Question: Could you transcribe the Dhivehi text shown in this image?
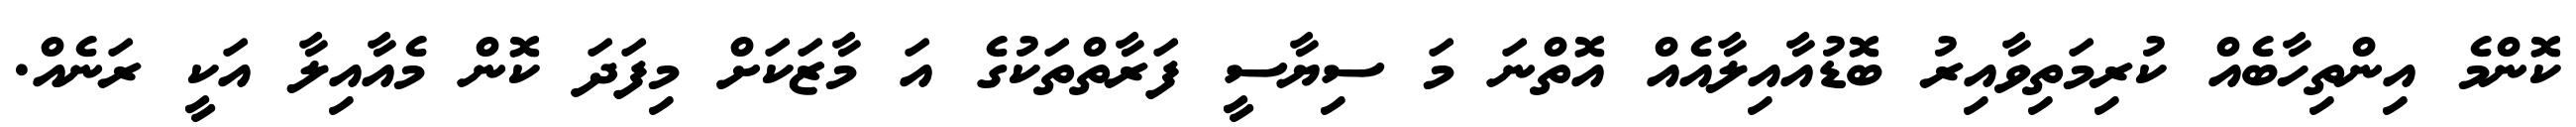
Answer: ކޮންމެ އިންތިހާބެއް ކުރިމަތިވާއިރު ބޮޑުއާއިލާއެއް އޮތްނަ މަ ސިޔާސީ ފަރާތްތަކުގެ އަ މާޒަކަށް މިފަދަ ކޮން މެއާއިލާ އަކީ ރަނެއް.